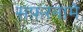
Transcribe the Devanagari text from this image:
सफ़रनामे